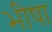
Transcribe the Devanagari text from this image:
भीषा